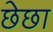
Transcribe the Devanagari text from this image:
छेछा